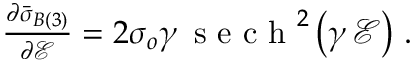
\begin{array} { r } { \frac { \partial \bar { \boldsymbol { \sigma } } _ { B ( 3 ) } } { \partial \mathcal { E } } = 2 \sigma _ { o } \gamma \, \mathrm { ~ s ~ e ~ c ~ h ~ } ^ { 2 } \left( \gamma \, \mathcal { E } \right) \, . } \end{array}